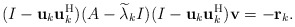
\begin{align*}(I-{\bf u}_k{\bf u}_k^{\rm H})(A-\widetilde{\lambda}_k I)(I-{\bf u}_k{\bf u}_k^{\rm H}){\bf v}=-{\bf r}_k.\end{align*}